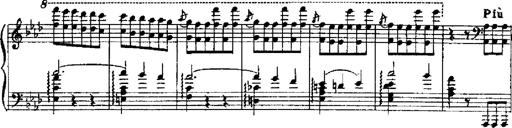
Title: RÃ©miniscences de Robert le diable
Composer: Franz Liszt